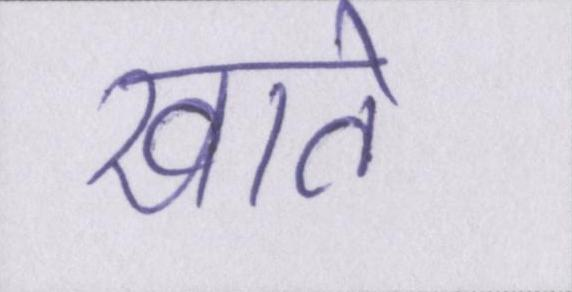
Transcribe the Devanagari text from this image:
खाते